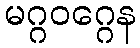
မဂ္ဂဝဂ္ဂေန